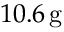
1 0 . 6 \, \mathrm { g }